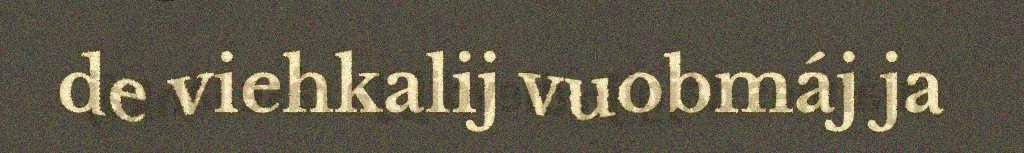
de viehkalij vuobmáj ja